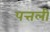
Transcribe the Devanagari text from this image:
पत्तली